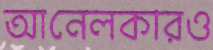
আনেলকারও